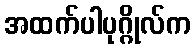
အထက်ပါပုဂ္ဂိုလ်က